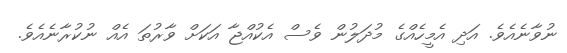
ނުވާނެއެވެ. އަދި އެމީހެއްގެ މުދަލުން ވެސް އެކުއްޖާ އަކަށް ވާރުތަ އެއް ނުކުރާނެއެވެ.